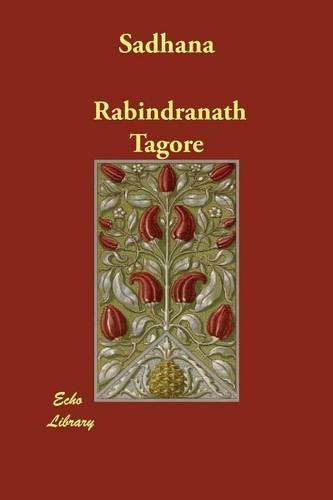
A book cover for Sadhana; Rabindranath Tagore; Religion & Spirituality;